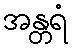
အန္တရံ